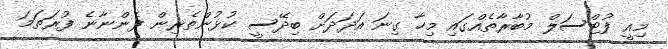
މިއީ ފުޓްސަލް މުބާރާތެއްގައި މިހާ ގިނަ އަދަދަށް ބިދޭސީ ކުޅުންތެރިން ފެންނާނެ ފުރަތަމަ